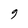
Character: 9